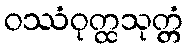
ဝဿံဝုတ္ထသုတ္တံ